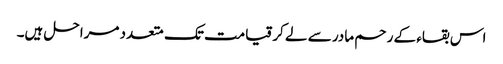
اس بقاء کے رحم مادر سے لے کر قیامت تک متعدد مراحل ہیں۔